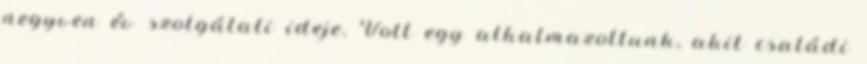
negyven év szolgálati ideje. Volt egy alkalmazottunk, akit családi